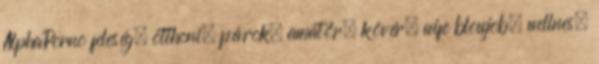
AlphaPorno feleség, otthoni, párok, amatőr, kövér, wife blowjob, wellnes,